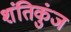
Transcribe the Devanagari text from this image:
शंतिकुंज